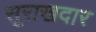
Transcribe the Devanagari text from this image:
सूराखदार